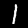
Digit: 1